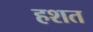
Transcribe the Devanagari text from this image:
हशत